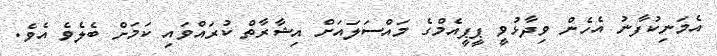
އެމަނިކުފާނު އެހެން ވިދާޅުވީ ޕީޕީއެމްގެ މައްސަލައަށް އިޝާރާތް ކުރައްވައި ކަމަށް ބެލެވެ އެވެ.